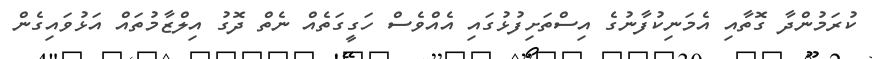
ކުރަމުންދާ ގޮތާއި އެމަނިކުފާނުގެ އިސްތަށިފުޅުގައި އެއްވެސް ހަގީގަތެއް ނެތް ދޮގު އިލްޒާމުތައް އަޅުވައިގެން